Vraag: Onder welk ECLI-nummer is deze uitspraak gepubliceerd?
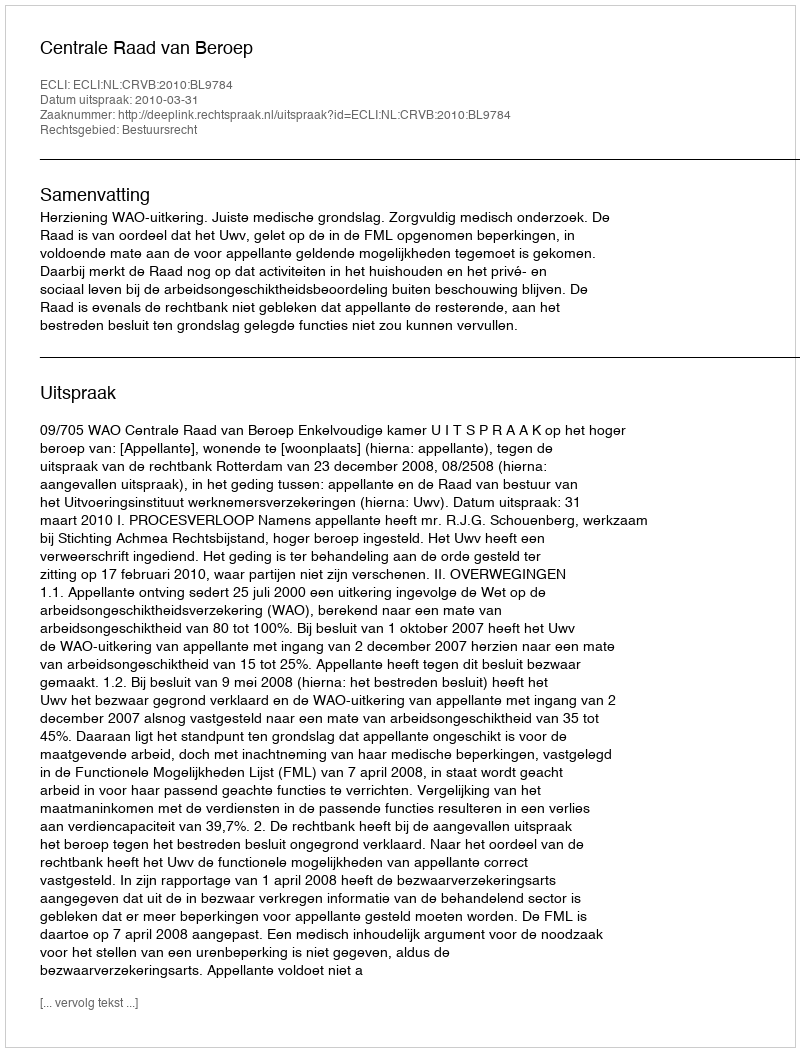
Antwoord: ECLI:NL:CRVB:2010:BL9784